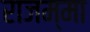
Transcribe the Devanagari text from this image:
राजम्मा